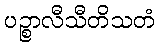
ပဉ္စာလီသီတိသတံ